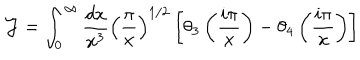
{ \cal J } = \int _ { 0 } ^ { \infty } { \frac { d x } { x ^ { 3 } } } \left( { \frac { \pi } { x } } \right) ^ { 1 / 2 } \left[ \theta _ { 3 } \left( { \frac { i \pi } { x } } \right) - \theta _ { 4 } \left( { \frac { i \pi } { x } } \right) \right]